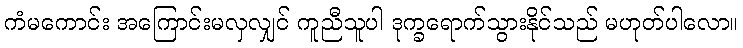
ကံမကောင်း အကြောင်းမလှလျှင် ကူညီသူပါ ဒုက္ခရောက်သွားနိုင်သည် မဟုတ်ပါလော။